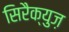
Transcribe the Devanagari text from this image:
सिरैक्युज़